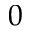
0